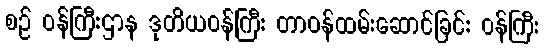
စဉ် ဝန်ကြီးဌာန ဒုတိယဝန်ကြီး တာဝန်ထမ်းဆောင်ခြင်း ဝန်ကြီး